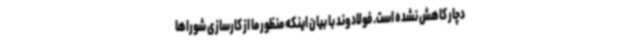
دچار کاهش نشده است. فولادوند با بیان اینکه منظور ما از کارسازی شوراها